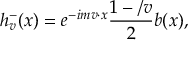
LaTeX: h _ { v } ^ { - } ( x ) = e ^ { - i m v \cdot x } \frac { 1 - \slash v } { 2 } b ( x ) ,